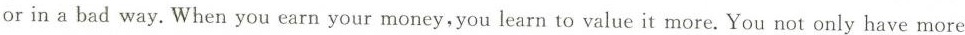
or in a bad way. When you earn your money,you learn to value it more. You not only have more